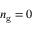
n _ { \mathrm { g } } = 0